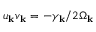
u _ { \bf k } v _ { \bf k } = - \gamma _ { \bf k } / 2 \Omega _ { \bf k }